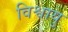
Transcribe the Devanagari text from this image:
विश्वायु